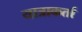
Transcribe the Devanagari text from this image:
यात्राकर्ता